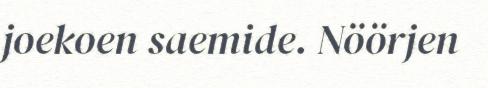
joekoen saemide. Nöörjen